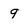
Character: q